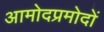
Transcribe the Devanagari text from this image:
आमोदप्रमोदों